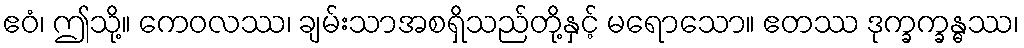
ဧဝံ၊ ဤသို့။ ကေဝလဿ၊ ချမ်းသာအစရှိသည်တို့နှင့် မရောသော။ ဧတဿ ဒုက္ခက္ခန္ဓဿ၊